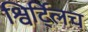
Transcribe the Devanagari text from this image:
श्विर्ट्लिच